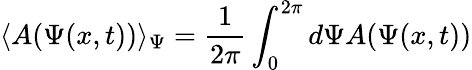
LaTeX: \langle A(\Psi(x,t))\rangle_{\Psi}=\frac{1}{2\pi}\int_{0}^{2\pi}d\Psi A(\Psi(x,t))